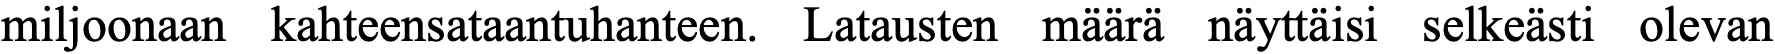
miljoonaan kahteensataantuhanteen. Latausten määrä näyttäisi selkeästi olevan